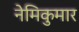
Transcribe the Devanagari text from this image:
नेमिकुमार